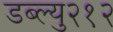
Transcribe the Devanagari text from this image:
डब्ल्यु२१२